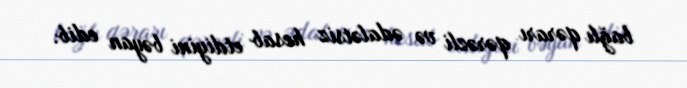
bağlı qərarı qərəzli və ədalətsiz hesab etdiyini bəyan edib.